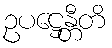
ဥပဋ္ဌေန္တီတိ